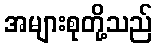
အများစုတို့သည်